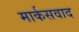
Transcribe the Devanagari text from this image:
मार्कसवाद